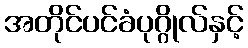
အတိုင်ပင်ခံပုဂ္ဂိုလ်နှင့်